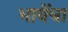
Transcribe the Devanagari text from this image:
भावेंचा